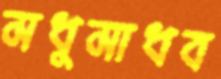
মধুমাধব